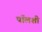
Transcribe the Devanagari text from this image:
पॉलशी